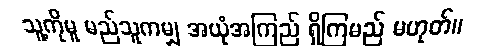
သူ့ကိုမူ မည်သူကမျှ အယုံအကြည် ရှိကြမည် မဟုတ်။